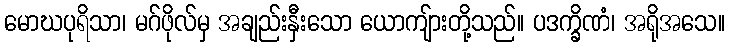
မောဃပုရိသာ၊ မဂ်ဖိုလ်မှ အချည်းနှီးသော ယောကျ်ားတို့သည်။ ပဒက္ခိဏံ၊ အရိုအသေ။